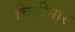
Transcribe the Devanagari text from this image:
चिडीमार